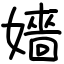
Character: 嬙